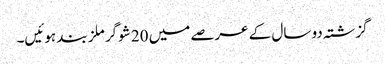
گزشتہ دو سال کے عرصے میں 20 شوگر ملز بند ہوئیں۔